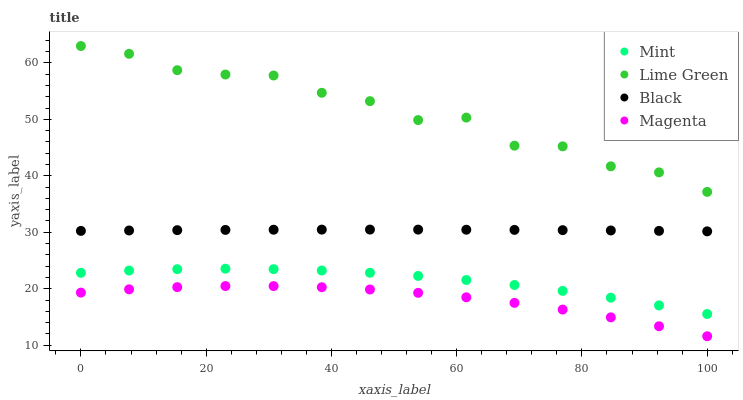
| xaxis_label | Mint | Lime Green | Black | Magenta |
 | --- | --- | --- | --- | --- |
 | 0 | 22.8 | 63 | 30.2 | 19.3 |
 | 7.69 | 23.2 | 61.6 | 30.3 | 19.9 |
 | 15.4 | 23.5 | 58.7 | 30.4 | 20.3 |
 | 23.1 | 23.5 | 57.9 | 30.4 | 20.5 |
 | 30.8 | 23.5 | 57.8 | 30.5 | 20.5 |
 | 38.5 | 23.2 | 54.7 | 30.5 | 20.3 |
 | 46.2 | 22.8 | 53.2 | 30.5 | 19.9 |
 | 53.8 | 22.3 | 49.9 | 30.5 | 19.3 |
 | 61.5 | 21.5 | 50.3 | 30.5 | 18.5 |
 | 69.2 | 20.7 | 45.3 | 30.4 | 17.5 |
 | 76.9 | 19.6 | 45.2 | 30.4 | 16.3 |
 | 84.6 | 18.4 | 41.7 | 30.3 | 14.9 |
 | 92.3 | 17 | 40.6 | 30.2 | 13.4 |
 | 100 | 15.5 | 37.2 | 30.2 | 11.6 |